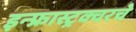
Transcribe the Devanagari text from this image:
इन्फ्रास्ट्रक्चरचे